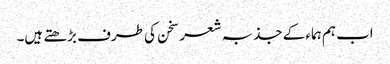
اب ہم ہماء کے جذبہ شعر سخن کی طرف بڑھتے ہیں۔